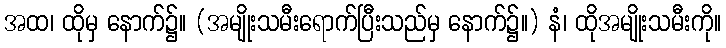
အထ၊ ထိုမှ နောက်၌။ (အမျိုးသမီးရောက်ပြီးသည်မှ နောက်၌။) နံ၊ ထိုအမျိုးသမီးကို။